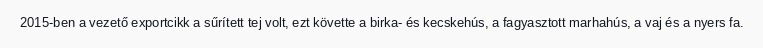
2015-ben a vezető exportcikk a sűrített tej volt, ezt követte a birka- és kecskehús, a fagyasztott marhahús, a vaj és a nyers fa.